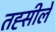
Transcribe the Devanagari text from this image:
तह्सीले